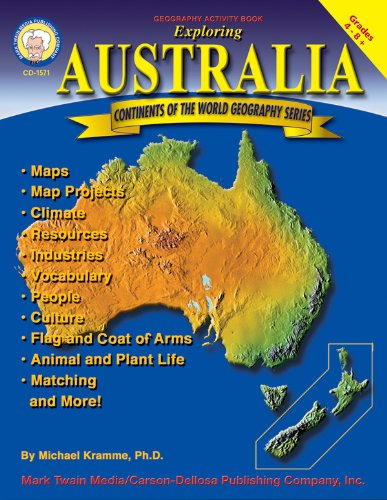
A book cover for Exploring Australia, Grades 4 - 8 (Continents of the World); Michael Kramme Ph.D.; Children's Books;